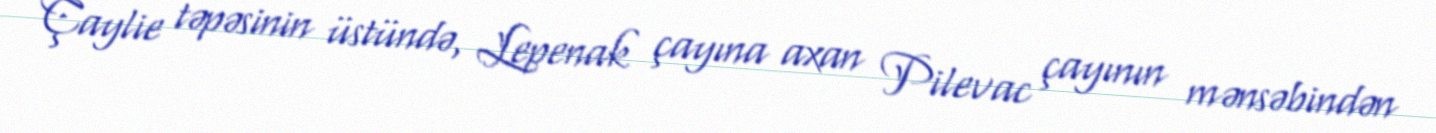
Çaylie təpəsinin üstündə, Lepenak çayına axan Pilevac çayının mənsəbindən